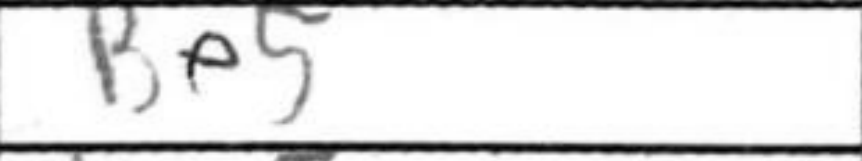
Transcription: Be5